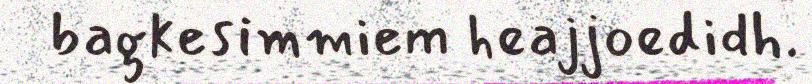
bagkesimmiem heajjoedidh.